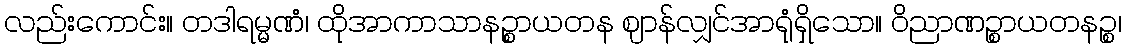
လည်းကောင်း။ တဒါရမ္မဏံ၊ ထိုအာကာသာနဉ္စာယတန ဈာန်လျှင်အာရုံရှိသော။ ဝိညာဏဉ္စာယတနဉ္စ၊